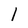
Character: I